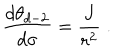
\frac { d \theta _ { d - 2 } } { d \sigma } = \frac { J } { r ^ { 2 } } \; .